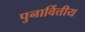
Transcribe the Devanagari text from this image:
पुनार्वित्तीय